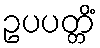
ဥပပတ္တိံ